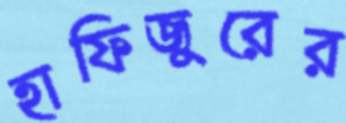
হাফিজুরের